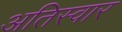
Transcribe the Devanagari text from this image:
अतिस्वार